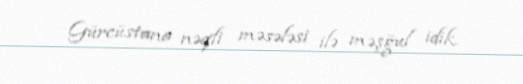
Gürcüstana nəqli məsələsi ilə məşğul idik.